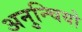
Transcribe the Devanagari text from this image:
अनुन्चियो